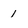
Character: 1